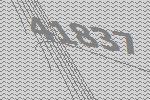
41837